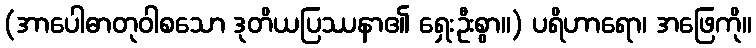
(အာပေါဓာတုဝါစသော ဒုတိယပြဿနာ၏ ရှေးဦးစွာ။) ပရိဟာရော၊ အဖြေကို။